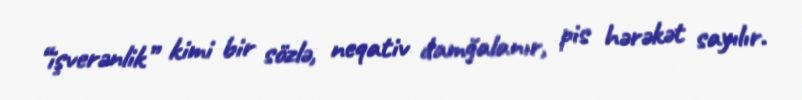
“işverənlik” kimi bir sözlə, neqativ damğalanır, pis hərəkət sayılır.